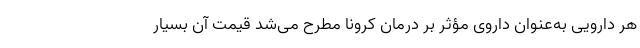
هر دارویی به‌عنوان داروی مؤثر بر درمان کرونا مطرح می‌شد قیمت آن بسیار